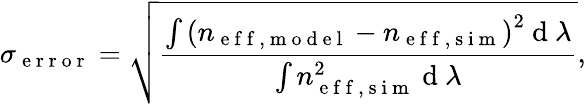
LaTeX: \sigma_{\mathrm{~e~r~r~o~r~}}=\sqrt{\frac{\int\left(n_{\mathrm{~e~f~f~,~m~o~d~e~l~}}-n_{\mathrm{~e~f~f~,~s~i~m~}}\right)^{2}\mathrm{~d~}\lambda}{\int n_{\mathrm{~e~f~f~,~s~i~m~}}^{2}\mathrm{~d~}\lambda}},